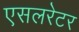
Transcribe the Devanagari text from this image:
एसलरेटर